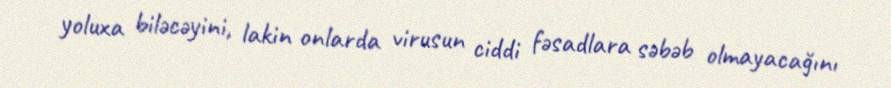
yoluxa biləcəyini, lakin onlarda virusun ciddi fəsadlara səbəb olmayacağını